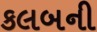
કલબની